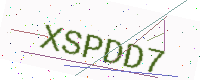
Text: XSPDD7